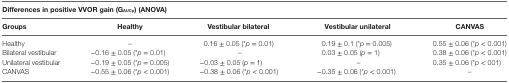
<table><thead><tr><td colspan="5"><b>Differences in positive VVOR gain (G<sub>AUCp</sub>) (ANOVA)</b></td></tr><tr><td><b>Groups</b></td><td><b>Healthy</b></td><td><b>Vestibular bilateral</b></td><td><b>Vestibular unilateral</b></td><td><b>CANVAS</b></td></tr></thead><tbody><tr><td>Healthy</td><td>–</td><td>0.16 ± 0.05 (*<i>p</i> = 0.01)</td><td>0.19 ± 0.1 (*<i>p</i> = 0.005)</td><td>0.55 ± 0.06 (*<i>p</i> &lt; 0.001)</td></tr><tr><td>Bilateral vestibular</td><td>−0.16 ± 0.05 (*<i>p</i> = 0.01)</td><td>–</td><td>0.03 ± 0.05 (<i>p</i> = 1)</td><td>0.38 ± 0.06 (*<i>p</i> &lt; 0.001)</td></tr><tr><td>Unilateral vestibular</td><td>−0.19 ± 0.05 (*<i>p</i> = 0.005)</td><td>−0.03 ± 0.05 (<i>p</i> = 1)</td><td>–</td><td>0.35 ± 0.06 (*<i>p</i> &lt; 001)</td></tr><tr><td>CANVAS</td><td>−0.55 ± 0.06 (*<i>p</i> &lt; 0.001)</td><td>−0.38 ± 0.06 (*<i>p</i> &lt; 0.001)</td><td>−0.35 ± 0.06 (*<i>p</i> &lt; 0.001)</td><td>–</td></tr></tbody></table>